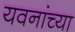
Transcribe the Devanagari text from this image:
यवनांच्या